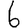
Digit: 6